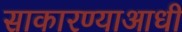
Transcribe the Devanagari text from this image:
साकारण्याआधी